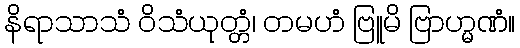
နိရာသာသံ ဝိသံယုတ္တံ၊ တမဟံ ဗြူမိ ဗြာဟ္မဏံ။